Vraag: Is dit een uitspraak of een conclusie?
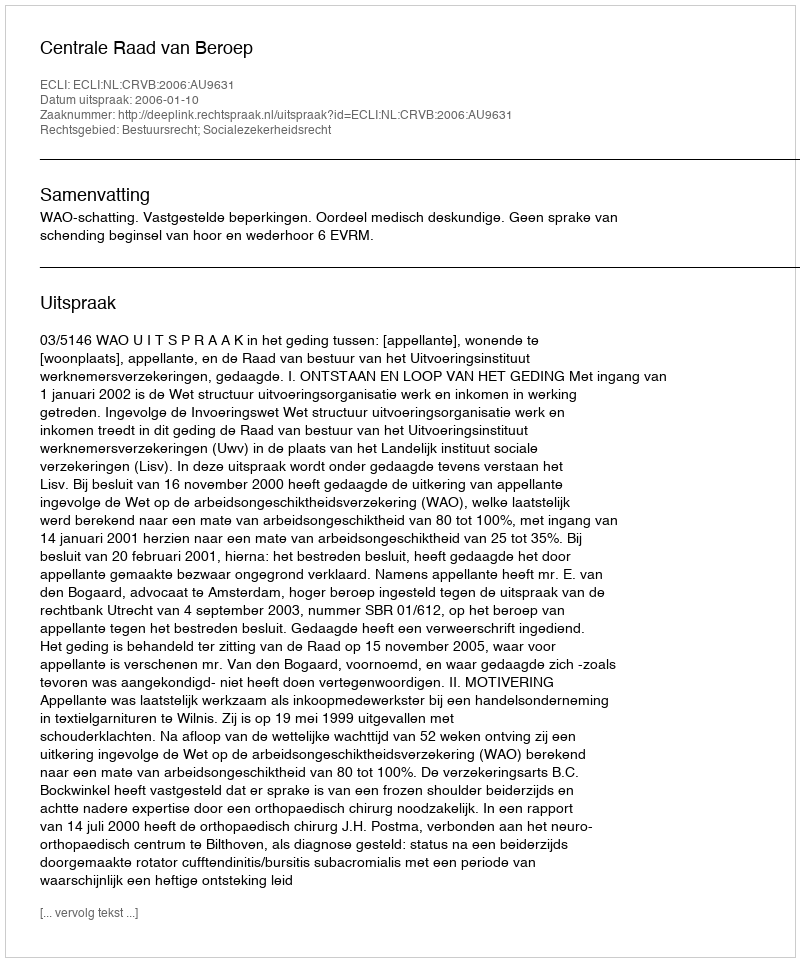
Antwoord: Uitspraak